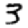
Digit: 3